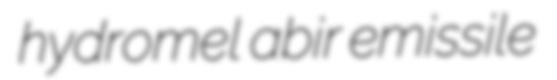
hydromel abir emissile